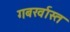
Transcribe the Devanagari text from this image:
गबर्खास्‍त